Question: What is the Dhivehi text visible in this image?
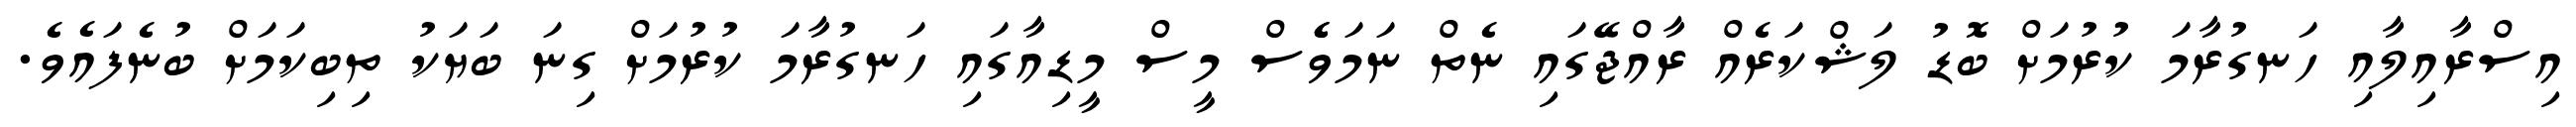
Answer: އިސްރާއިލާއި ހަނގުރާމަ ކުރުމަށް ބޮޑު ލަޝްކަރެއް ރާއްޖޭގައި ނެތް ނަމަވެެސް މީސް މީޑިއާގައި ހަނގުރާމަ ކުރުމަށް ގިނަ ބަޔަކު ތިބިކަމަށް ބުނެފައެވެ.